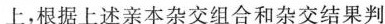
上，根据上述亲本杂交组合和杂交结果判